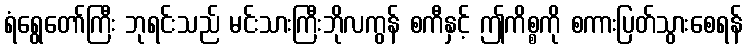
ရံရွေတော်ကြီး ဘုရင်းသည် မင်းသားကြီးဘိုလကွန် စကီနှင့် ဤကိစ္စကို စကားပြတ်သွားစေရန်